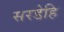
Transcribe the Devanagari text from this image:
सरडेहि